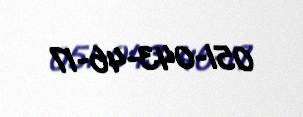
051-043-46-17